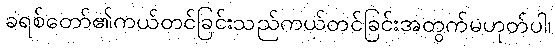
ခရစ်တော်၏ကယ်တင်ခြင်းသည်ကယ်တင်ခြင်းအတွက်မဟုတ်ပါ၊